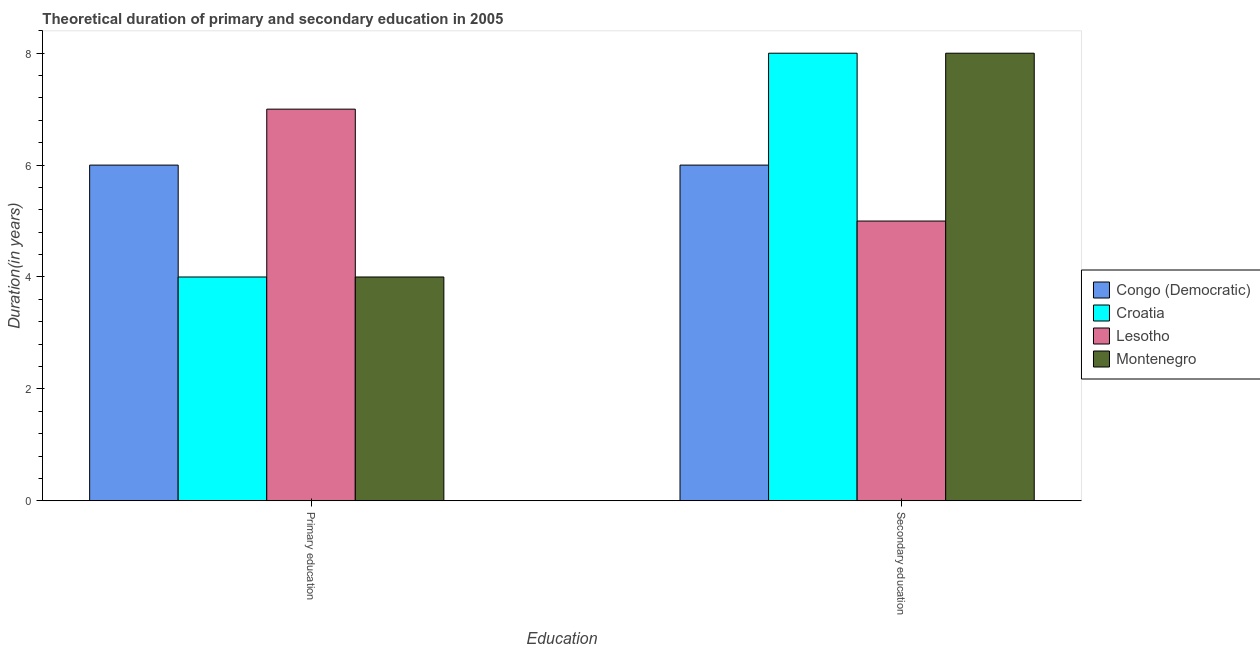
| Education | Congo (Democratic) | Croatia | Lesotho | Montenegro |
 | --- | --- | --- | --- | --- |
 | Primary education | 6 | 4 | 7 | 4 |
 | Secondary education | 6 | 8 | 5 | 8 |